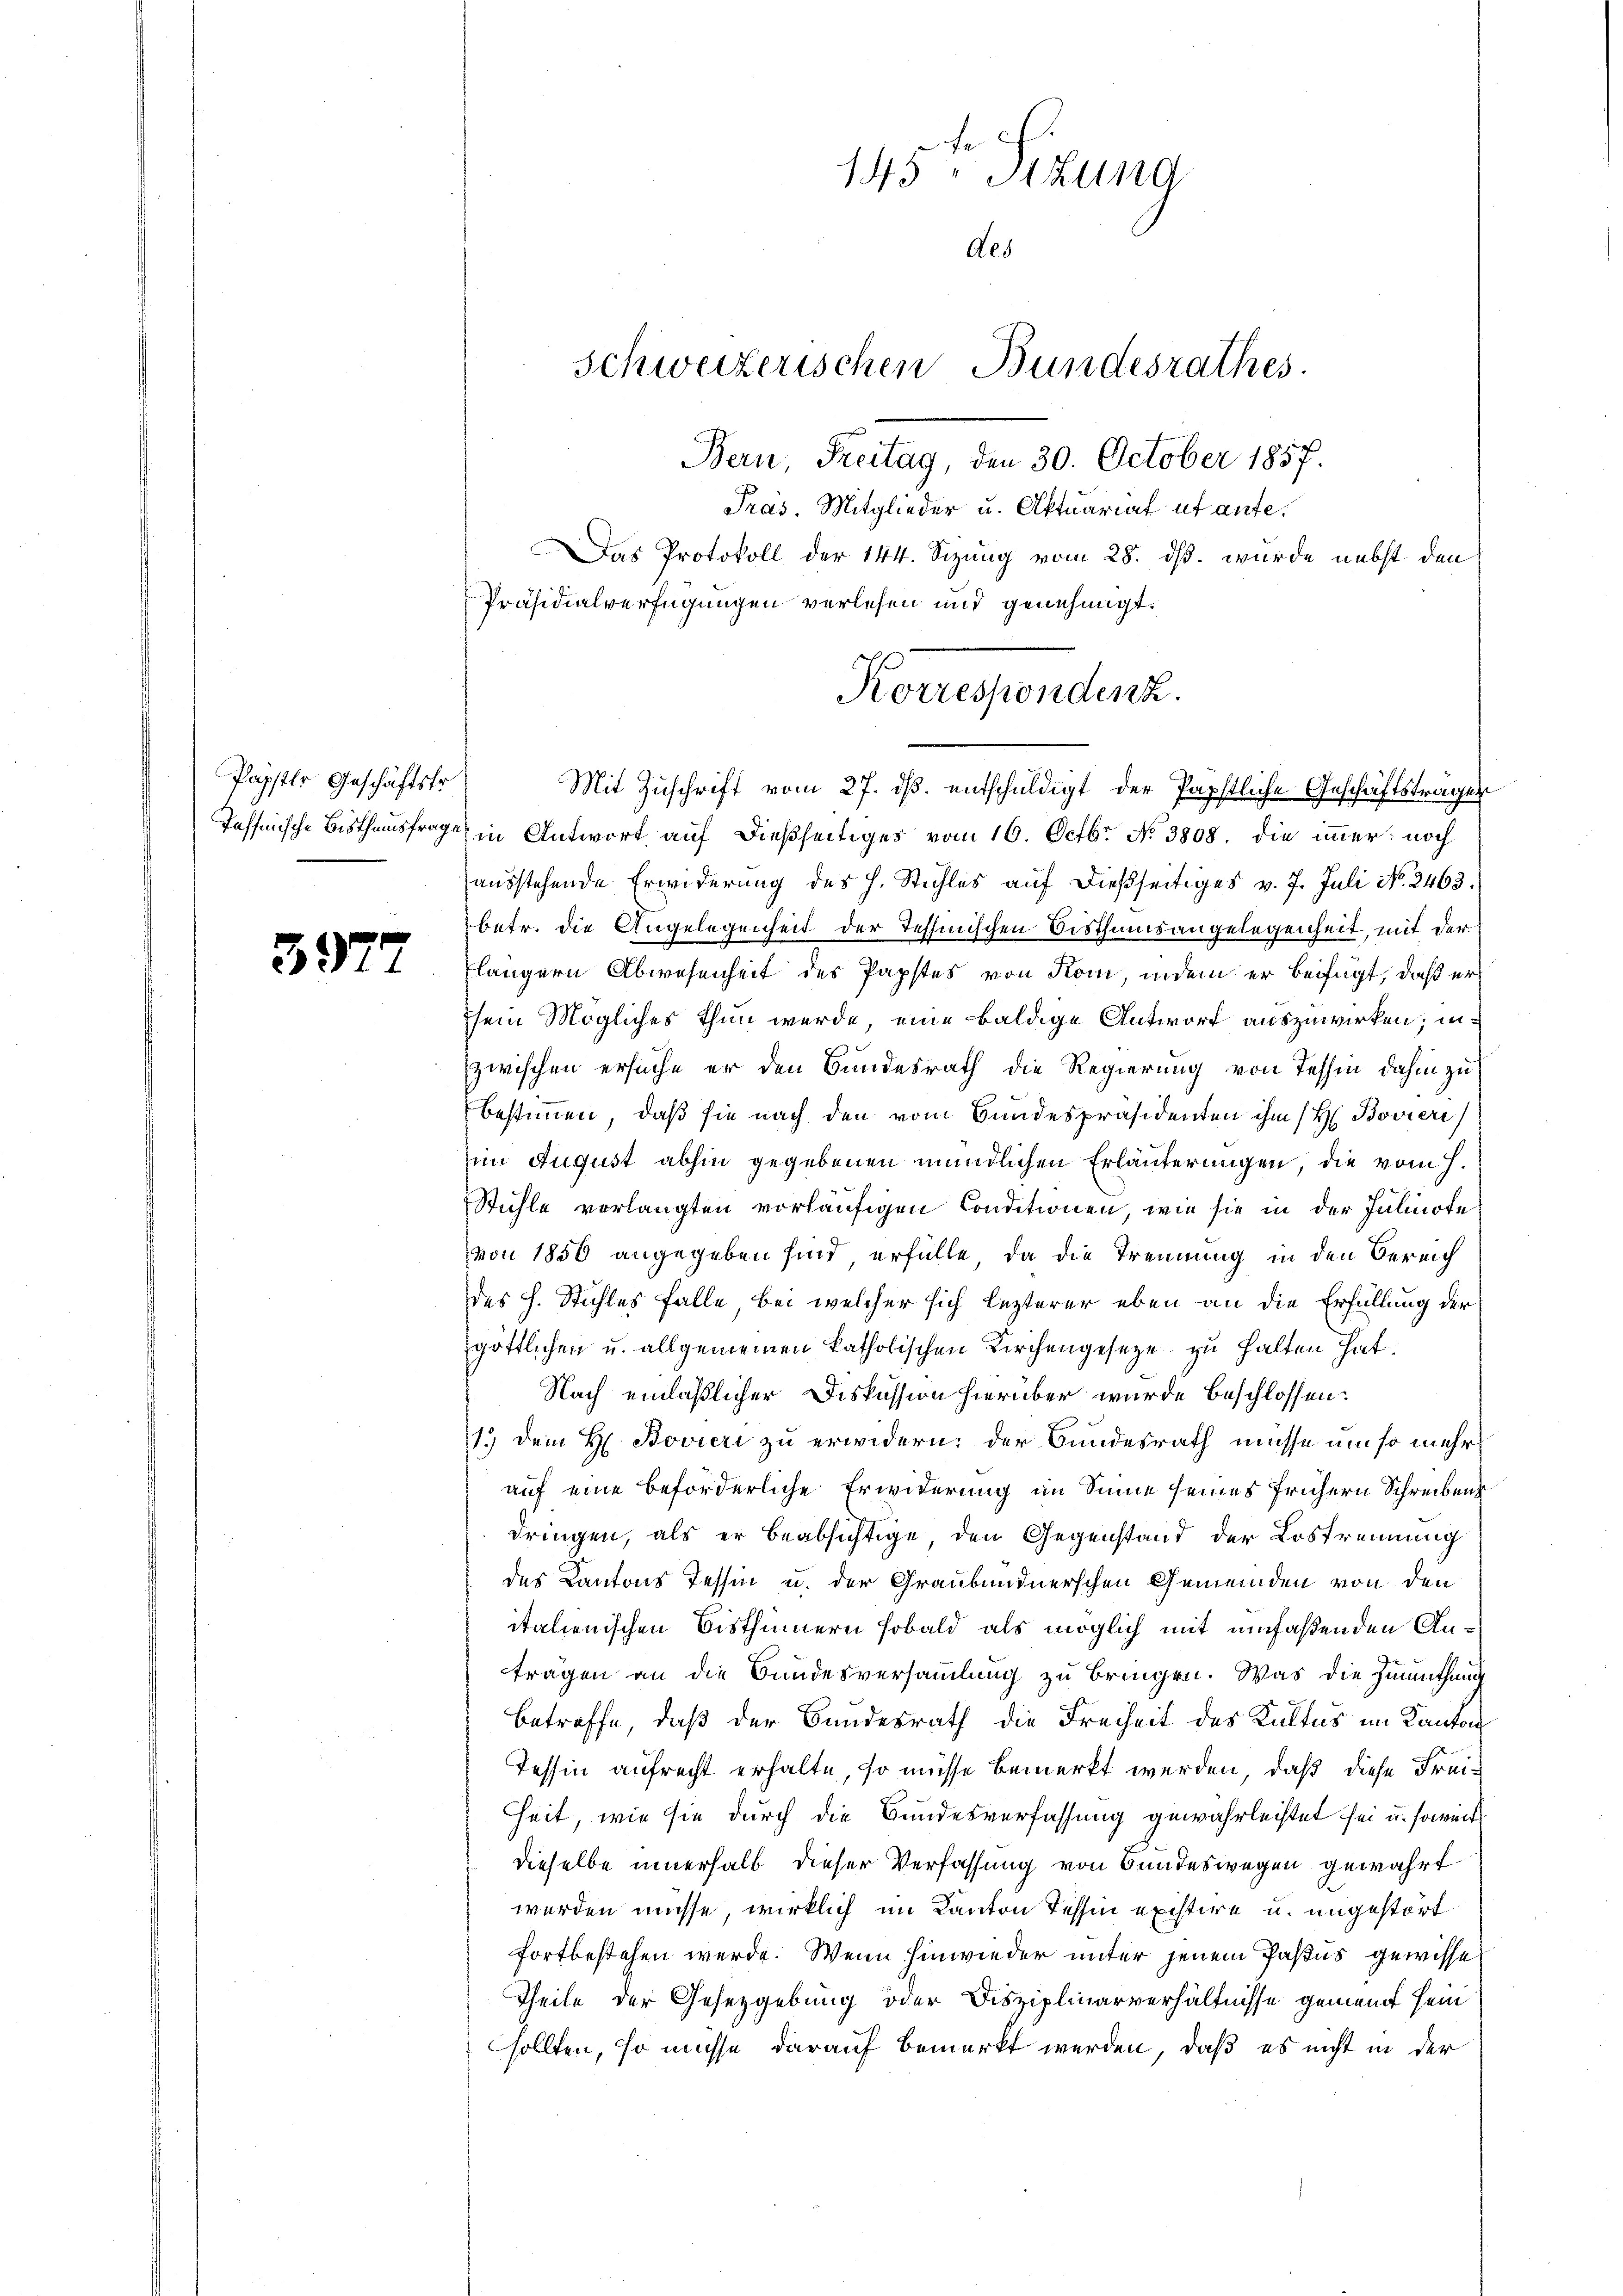
Papster Geschäftsfr.

3977

Mit Zuschrift vom 27. ds. entschuldigt der Papstliche Geschäftsträger
Tessinische Bisthumsfrage in Antwort auf dießseitiges vom 16. Octbr. No 3808. die immer noch
ausstehende Erwiderung des H. Stichles auf dießseitiges v. 7. Juli No. 2463.
betr. die Angelegenheit der Tessinischen Bisthumsangelegenheit, mit der
längern Abwesenheit des Papstes von Kom, indem er beifügt, daß er
sein Mögliches thun werde, eine baldige Antwort auszuwirken; inzwischen ersuche er den Bundesrath die Regierung von Tessin dahin zu
bestimmen, daß sie nach den vom Bundespräsidenten ihm (H. Bovieri
im August abhin gegebenen mündlichen Erläuterungen, die vom h.
Stühle vorlangten vorläufigen Conditionen, wie sie in der Julinote
von 1856 angegeben sind erfülle, da die Trennung in den Bereich
des H. Stahles falle bei welcher sich lezterer eben an die Erfüllung der
göttlichen u. allgemeinen katholischen Kirchengesetze zu halten hat.
Nach einläßlicher Diskussion hierüber wurde beschlossen:
1.) Dem H. Bovieri zu erwidern; der Bundesrath müsse um so mehr
auf eine beförderliche Erwiderung an Sinne seines frühern Schreiben
dringen, als er beabsichtige, den Gegenstand der Lostrennung
des Kantons Tessin u. der Graubündnerschen Gemeinden von den
italienischen Bisthümern sobald als möglich mit umfaßenden Anträgen an die Bundesversammlung zu bringen. Was die Zumuthung
Betreffe, daß der Bundesrath die Freiheit des Kultus im Kanton
Tessin aufrecht erhalte, so müsse bemerkt werden, daß diese Freiheit, wie sie durch die Bundesverfassung gewährleistet sei u. soweit
dieselbe innerhalb dieser Verfassung von Bundeswegen gewährt
werden müsse, wirklich im Kanton Tessin existire u. ungestört
fortbestehen werde. Wenn hinwieder unter jenem Pasus gewisse
Theile der Gesetzgebung oder Disziplinarverhältnisse gemeint sein
sollten, so müsse darauf bemerkt werden, daß es nicht in der

145. Sizung
Aes
Schweizerischen Bundesrathes.
Bern, Freitag, den 30. October 1857.
Präs. Mitglieder u. Aktuariat ut ante.
Das Protokoll der 144. Sizung vom 28. ds. wurde nebst den
Präsidialverfügungen verlesen und genehmigt.

Korrespondenz.